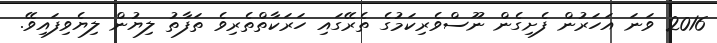
2016 ވަނަ އަހަރުން ފެށިގެން ނޫސްވެރިކަމުގެ ތެރޭގައި ހަރަކާތްތެރިވެ ތަފާތު ލިޔުން ލިޔެވިފައިވޭ.